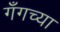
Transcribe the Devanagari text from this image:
गँगच्या